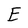
Character: E